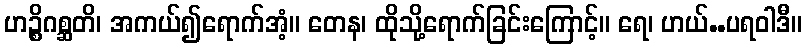
ဟဉ္စိဂစ္ဆတိ၊ အကယ်၍ရောက်အံ့။ တေန၊ ထိုသို့ရောက်ခြင်းကြောင့်။ ရေ၊ ဟယ်..ပရဝါဒီ။